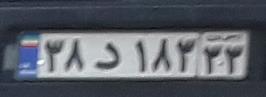
۳۸د۱۸۳۳۳